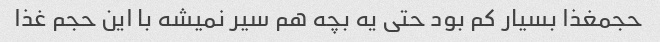
حجمغذا بسیار کم بود حتی یه بچه هم سیر نمیشه با این حجم غذا